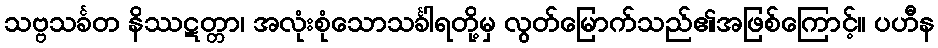
သဗ္ဗသင်္ခတ နိဿဋတ္တာ၊ အလုံးစုံသောသင်္ခါရတို့မှ လွတ်မြောက်သည်၏အဖြစ်ကြောင့်။ ပဟီန